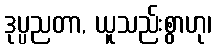
ဒုပ္ပညတာ, ယူသည်းစွာဟု၊